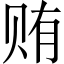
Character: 贿